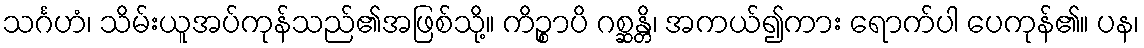
သင်္ဂဟံ၊ သိမ်းယူအပ်ကုန်သည်၏အဖြစ်သို့။ ကိဉ္စာပိ ဂစ္ဆန္တိ၊ အကယ်၍ကား ရောက်ပါ ပေကုန်၏။ ပန၊